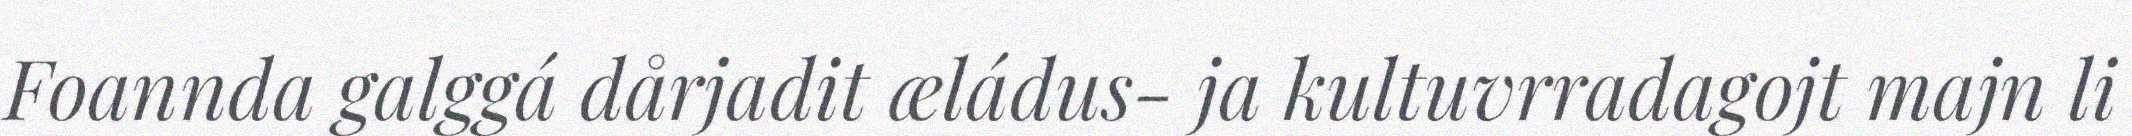
Foannda galggá dårjadit æládus- ja kultuvrradagojt majn li